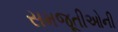
સમજૂતીઓની